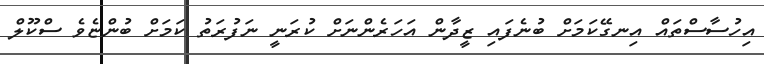
އިހުސާސްތައް އިނގޭކަމަށް ބުނެފައި ޒީދާން އަހަރެންނަށް ކުރަނީ ނަފުރަތު ކަމަށް ބުންޏެވެ ސްކޫލް